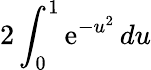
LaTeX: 2\int_{0}^{1}\mathrm{e}^{-u^{2}}\, du